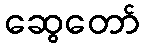
ဆွေတော်